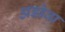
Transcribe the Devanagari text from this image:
अडोवा